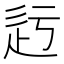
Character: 𨑛